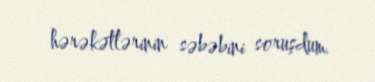
hərəkətlərinin səbəbini soruşdum.